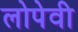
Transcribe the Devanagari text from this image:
लोपेवी